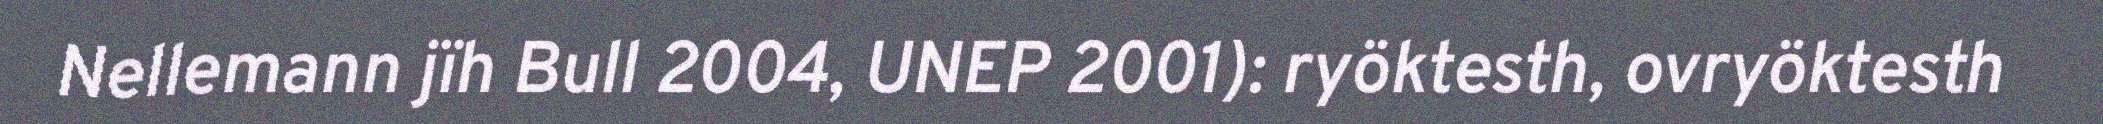
Nellemann jïh Bull 2004, UNEP 2001): ryöktesth, ovryöktesth